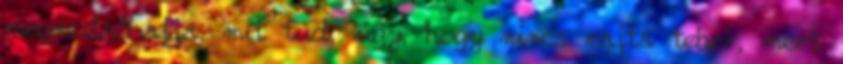
megmutathatja, mit tud, úgy, hogy nincs rajta teher, mert